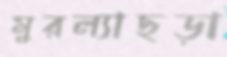
মুরল্যাছড়া